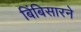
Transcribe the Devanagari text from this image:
बिंबिसारने